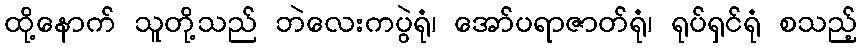
ထို့နောက် သူတို့သည် ဘဲလေးကပွဲရုံ၊ အော်ပရာဇာတ်ရုံ၊ ရုပ်ရှင်ရုံ စသည့်